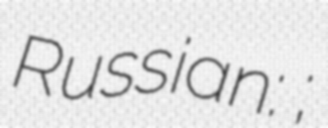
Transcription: Russian: Ирма Ниорадзе;